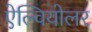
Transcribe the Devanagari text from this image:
ऐल्वियोलर